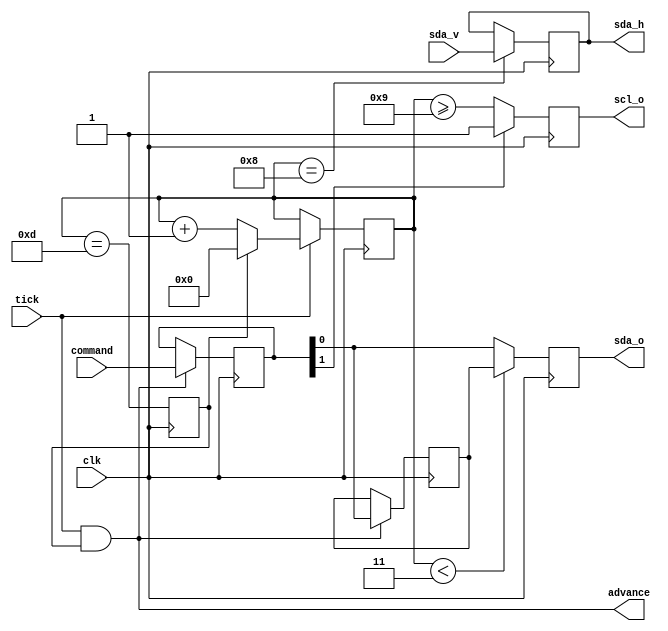
// I2C pin driver/state machine
// Handles timing of one-bit transaction

// Action based on a 2-bit command, encoding
// 0: Tx0  1: Tx1  2: L  3: H
// where SCL is stopped (high) for L and H symbols.

// No support for clock stretching or multi-mastering.

// Can run at pretty much any clk frequency, as long as
// the tick input comes at a regular frequency that's
// 5.6 MHz or slower (for 400 kHz bit rate).
// Also demand at least one clk period between "tick" cycles.
module i2c_bit(
	input clk,
	input tick,
	output advance,
	input [1:0] command,
	output scl_o,
	output sda_o, // drive
	input sda_v,  // pin
	output sda_h   // sampled output for recording
);

// 14 phases within one bit
// 9/14 of 2.5 us is 1.6 us:  SCL low  time, 0.3 us larger than min. spec.
// 5/14 of 2.5 us is 0.9 us:  SCL high time, 0.3 us larger than min. spec.
// SDA transition at 3/14 of 2.5 us = 0.54 us after falling edge of SCL.
reg [3:0] cnt=0;  // count to 14
reg last_tick=0;
always @(posedge clk) begin
	last_tick <= cnt==13;
	if (tick) cnt <= last_tick ? 0 : cnt+1;
end

// Logic to ask for and register commands
assign advance = tick & last_tick;
reg [1:0] cmd=3;
always @(posedge clk) if (advance) cmd <= command;

// Waveform synthesis
reg scl_o_r=1, sda_o_r=1, old_bit=1, sda_h_r=1;
wire new_bit = cmd[0];
always @(posedge clk) begin
	// 3/14 of 2.5 us
	sda_o_r <= (cnt<3) ? old_bit : new_bit;
	if (advance) old_bit <= new_bit;
	// scl is high for 50 clock cycles or 5 of 14 cnt
	// scl is low for 90 clock cycles or 9 of 14 cnt
	scl_o_r <= cmd[1] ? 1 : cnt>=9;
	if (cnt == 8) sda_h_r <= sda_v;
end

assign scl_o = scl_o_r;
assign sda_o = sda_o_r;
assign sda_h = sda_h_r;

endmodule